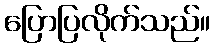
ပြောပြလိုက်သည်။